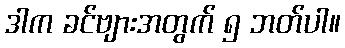
ဒါက ခင်ဗျားအတွက် ၅ ဘတ်ပါ။